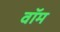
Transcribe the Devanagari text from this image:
वॉम